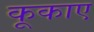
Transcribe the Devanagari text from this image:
कूकाए